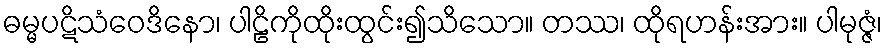
ဓမ္မပဋိသံဝေဒိနော၊ ပါဠိကိုထိုးထွင်း၍သိသော။ တဿ၊ ထိုရဟန်းအား။ ပါမုဇ္ဇံ၊